Sanitation, dispensaries and jails vaccination Rajputana 1922-1927 - 1922-1927
Year: 1922
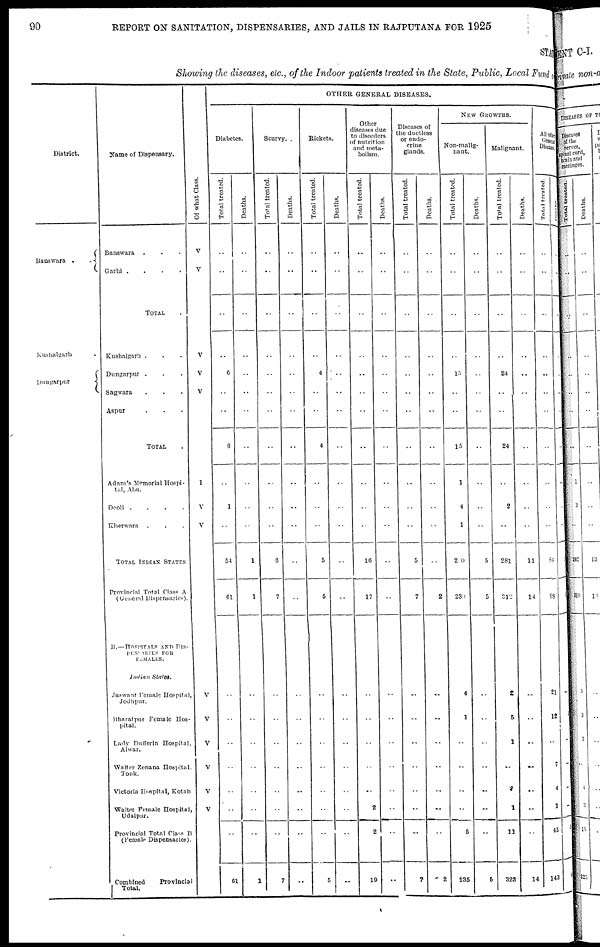
90
REPORT ON SANITATION, DISPENSARIES, AND JAILS IN RAJPUTANA FOR 1925
STATE
Showing the diseases, etc., of the Indoor patients treated in the State, Public, Local Fund
District.
Banswara .
.
Kushalgarh .
Dungarpur
Name of Dispensary.
Banswara . . .
Garhi .
.
.
.
TOTAL .
Kushalgarh . . .
Dungarpur . . .
Sagwara . . .
Aspur . . .
TOTAL .
Adam's Memorial Hospi-
tal, Abu.
Deoli .
. . .
Kherwara . . .
TOTAL INDIAN STATES
Provincial Total Class A
(General Dispensaries).
B.—HOSPITALS AND DIS-
PENSARIES FOR
FEMALES.
Indian States.
Jaswant Female Hospital,
Jodhpur.
Bharatpur Female Hos-
pital.
Lady Dufferin Hospital,
Alwar.
Walter Zenana Hospital.
Tonk.
Victoria Hospital, Kotah
Walter Female Hospital,
Udaipur.
Provincial Total Class B
(Female Dispensaries).
Combined
Provincial
Total.
Of what Class.
V
V
V
V
V
I
V
V
V
V
V
V
V
V
OTHER GENERAL DISEASES.
Diabetes.
Total treated.
..
..
..
..
6
..
..
6
..
1
..
54
61
..
..
..
..
..
..
..
61
Deaths.
..
..
..
..
..
..
..
..
..
..
..
1
1
..
..
..
..
..
..
..
1
Scurvy.
Total treated.
..
..
..
..
..
..
..
..
..
..
..
6
7
..
..
..
..
..
..
..
7
Deaths.
..
..
..
..
..
..
..
..
..
..
..
..
..
..
..
..
..
..
..
..
..
Rickets.
Total treated.
..
..
..
..
4
..
..
4
..
..
..
5
5
..
..
..
..
..
..
..
5
Deaths.
..
..
..
..
..
..
..
..
..
..
..
..
..
..
..
..
..
..
..
..
..
Other
diseases due
to disorders
of nutrition
and meta-
bolism.
Total treated.
..
..
..
..
..
..
..
..
..
..
..
16
17
..
..
..
..
..
2
2
19
Deaths.
..
..
..
..
..
..
..
..
..
..
..
..
..
..
..
..
..
..
..
..
..
Diseases of
the ductless
or endo-
crine
glands.
Total treated.
..
..
..
..
..
..
..
..
..
..
..
5
7
..
..
..
..
..
..
..
7
Deaths.
..
..
..
..
..
..
..
..
..
..
..
..
2
..
..
..
..
..
..
..
2
NEW GROWTHS.
Non-malig-
nant.
Total treated.
..
..
..
..
15
..
..
15
1
4
1
200
239
4
1
..
..
..
..
5
235
Deaths.
..
..
..
..
..
..
..
..
..
..
..
5
5
..
..
..
..
..
..
..
5
Malignant.
Total treated.
..
..
..
..
24
..
..
24
..
2
..
281
312
2
5
1
..
2
1
11
323
Deaths.
..
..
..
..
..
..
..
..
..
..
..
11
14
..
..
..
..
..
..
..
14
All other
General
Diseases.
Total treated.
..
..
..
..
..
..
..
..
..
..
..
88
98
21
12
..
7
4
1
45
143
Deaths.
..
..
..
..
..
..
..
..
..
..
..
1
1
..
1
..
..
..
..
1
1